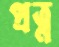
প্রত্ন